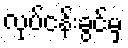
လုပ်ငန်းခွင်မှ